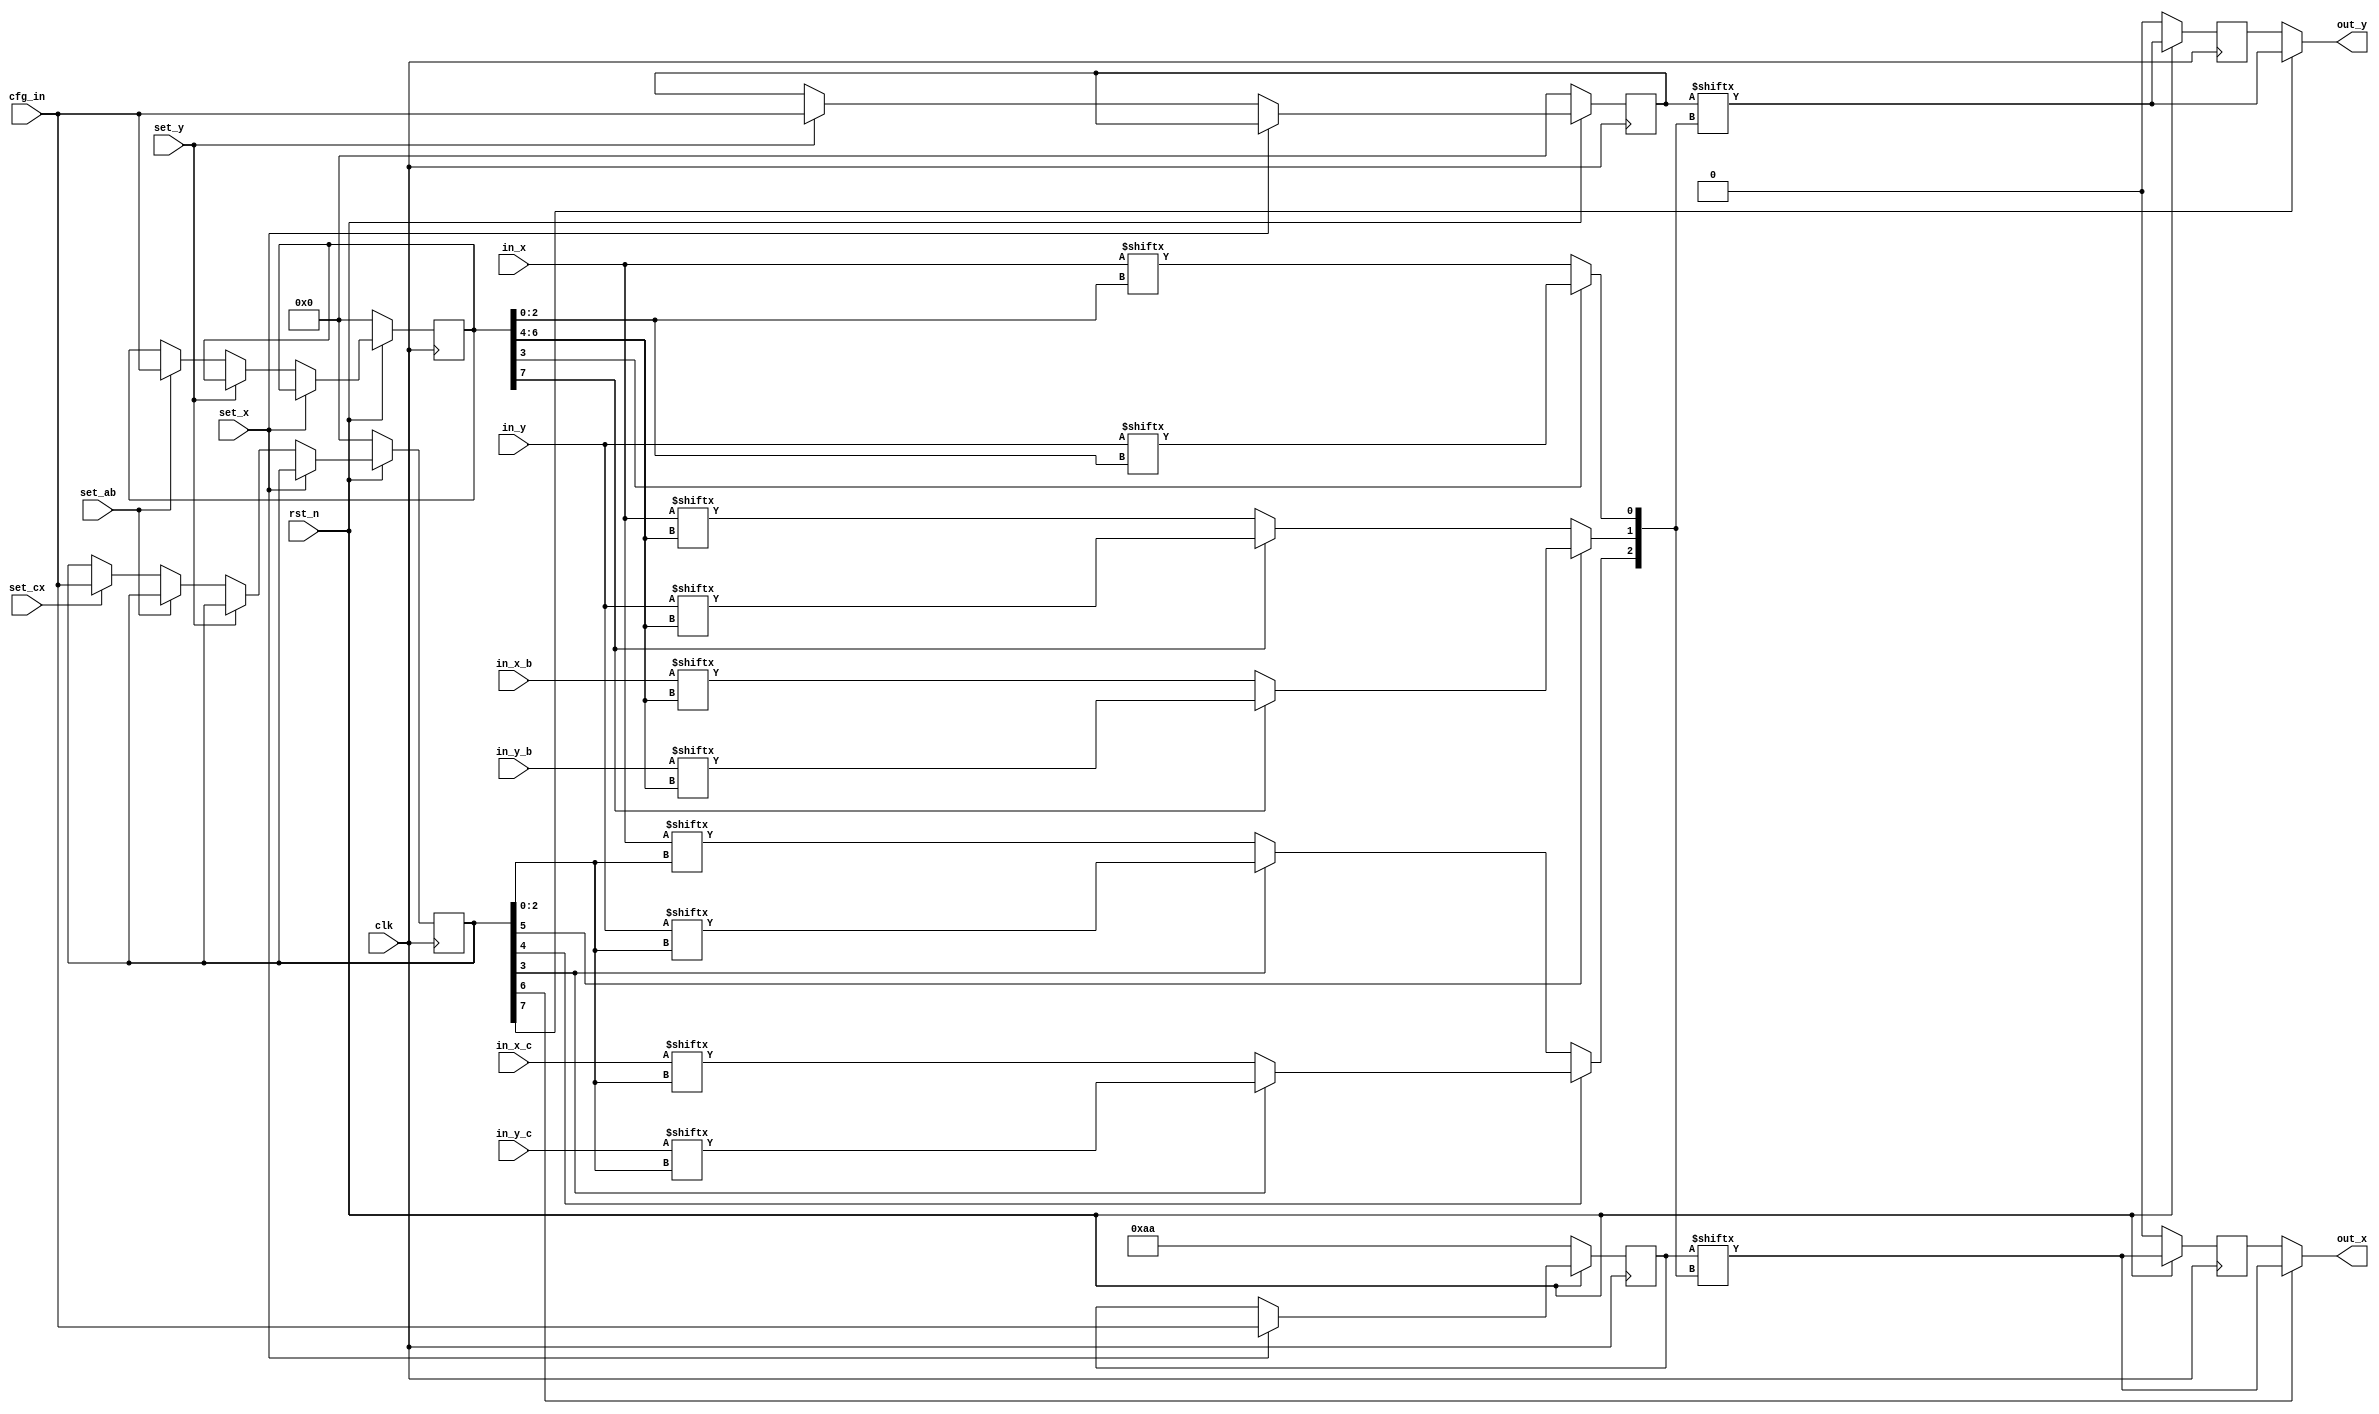
/*
 * Copyright (c) 2024 Andrew Dona-Couch
 * SPDX-License-Identifier: Apache-2.0
 */

module block #(
    parameter INDEX = 0
) (
    input  wire       clk,
    input  wire       rst_n,

    input  wire [7:0] in_x,
    input  wire [7:0] in_y,
    input  wire [7:0] in_x_b,
    input  wire [7:0] in_y_b,
    input  wire [7:0] in_x_c,
    input  wire [7:0] in_y_c,
    output wire       out_x,
    output wire       out_y,

    input  wire [7:0] cfg_in,
    input  wire       set_x,
    input  wire       set_y,
    input  wire       set_ab,
    input  wire       set_cx
);

  reg data_x, data_y;
  reg [7:0] x, y, ab, cx;

  wire c_carry = cx[4];
  wire b_input = cx[5];
  wire x_async = cx[6];
  wire y_async = cx[7];

  wire a_y = ab[3];
  wire [2:0] a_bits = ab[2:0];
  wire a = a_y ? in_y[a_bits] : in_x[a_bits];

  wire b_y = ab[7];
  wire [2:0] b_bits = ab[6:4];
  wire b = b_input
    ? (b_y ? in_y_b[b_bits] : in_x_b[b_bits])
    : (b_y ? in_y[b_bits] : in_x[b_bits]);

  wire c_y = cx[3];
  wire [2:0] c_bits = cx[2:0];
  wire c = c_carry
    ? (c_y ? in_y_c[c_bits] : in_x_c[c_bits])
    : (c_y ? in_y[c_bits] : in_x[c_bits]);

  wire [2:0] lut_bits = {c, b, a};
  wire lut_x = x[lut_bits];
  wire lut_y = y[lut_bits];

  assign out_x = x_async ? lut_x : data_x;
  assign out_y = y_async ? lut_y : data_y;

  always @(posedge clk) begin
    if (!rst_n) begin
      x <= 8'hAA;
      y <= 0;
      ab <= (INDEX << 4) | INDEX;
      cx <= INDEX;
      data_x <= 0;
      data_y <= 0;
    end else begin
      data_x <= lut_x;
      data_y <= lut_y;

      if (set_x) begin
        x <= cfg_in;
      end else if (set_y) begin
        y <= cfg_in;
      end else if (set_ab) begin
        ab <= cfg_in;
      end else if (set_cx) begin
        cx <= cfg_in;
      end
    end
  end

endmodule